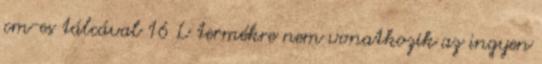
cm-es tálcával 16 L termékre nem vonatkozik az ingyen